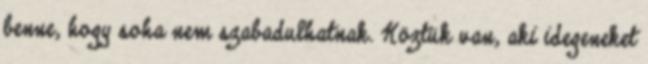
benne, hogy soha nem szabadulhatnak. Köztük van, aki idegeneket